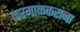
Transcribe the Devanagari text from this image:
करमाळकरांना